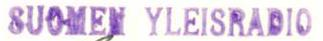
SUOMEN YLEISRADIO